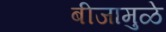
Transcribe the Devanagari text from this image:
बीजामुळे